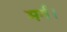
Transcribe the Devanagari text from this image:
मर्ग।